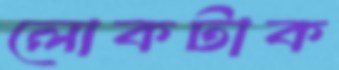
লোকটাক